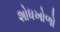
શોધખોળો